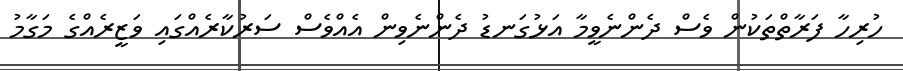
ހުރިހާ ފަރާތްތަކުން ވެސް ދެންނެވީމާ އަޅުގަނޑު ދެންނެވިން އެއްވެސް ސަރުކާރެއްގައި ވަޒީރެއްގެ މަގާމު